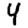
Digit: 4